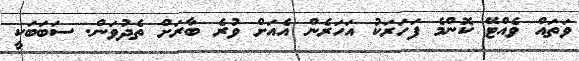
ވަތައް ވެއްޓޭ ކޮންމެ ފަހަރަކު އަހަރެން އެއަށް ވުރެ ބާރަށް ތެދުވަން. ސަބަބަކީ